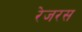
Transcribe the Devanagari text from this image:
रेजरस